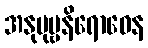
အနုပုဗ္ဗနိရောဓေန